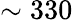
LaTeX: \sim 330